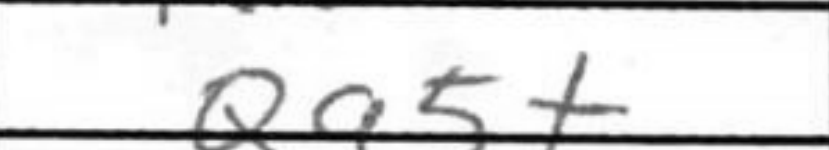
Transcription: Qa5+